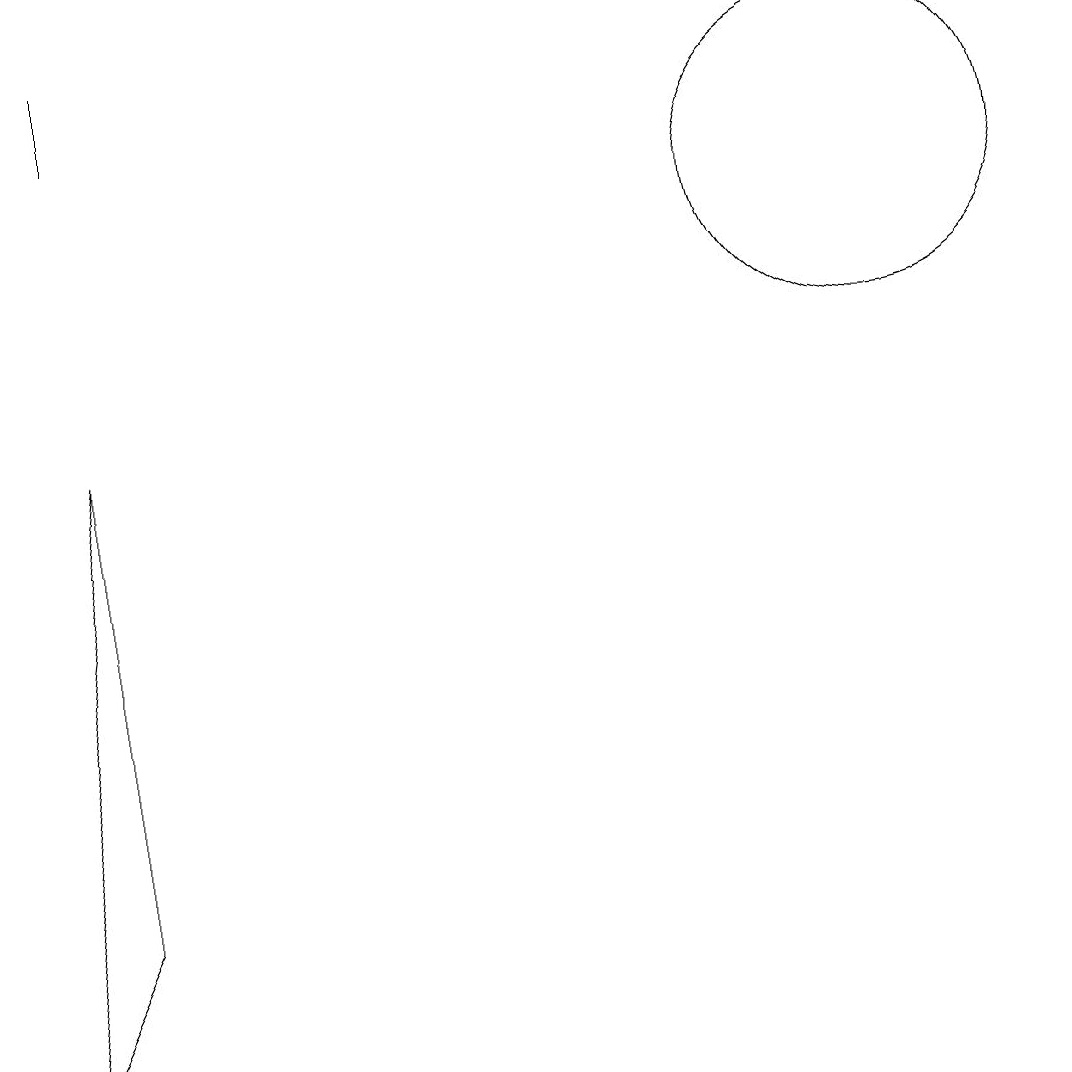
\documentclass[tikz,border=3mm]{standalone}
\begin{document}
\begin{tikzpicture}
\draw (2,13) rectangle (2,12);
\draw (12,11) circle (2);
\draw (2,8) -- (2,2) -- (1,0) -- cycle;
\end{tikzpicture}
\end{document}